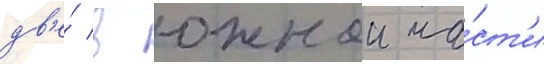
дв'е́ в южнои ча́ст'и